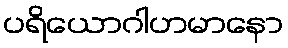
ပရိယောဂါဟမာနော